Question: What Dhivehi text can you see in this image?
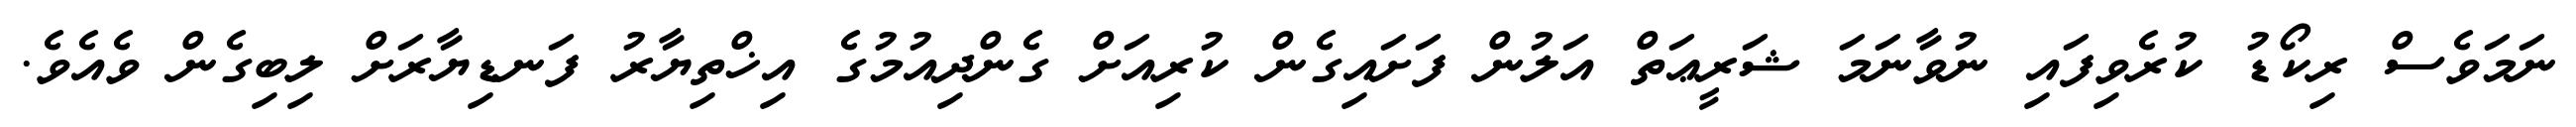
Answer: ނަމަވެސް ރިކޯޑު ކުރެވިފައި ނުވާނަމަ ޝަރީޢަތް އަލުން ފަށައިގެން ކުރިއަށް ގެންދިއުމުގެ އިޚްތިޔާރު ފަނޑިޔާރަށް ލިބިގެން ވެއެވެ.